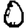
Digit: 0